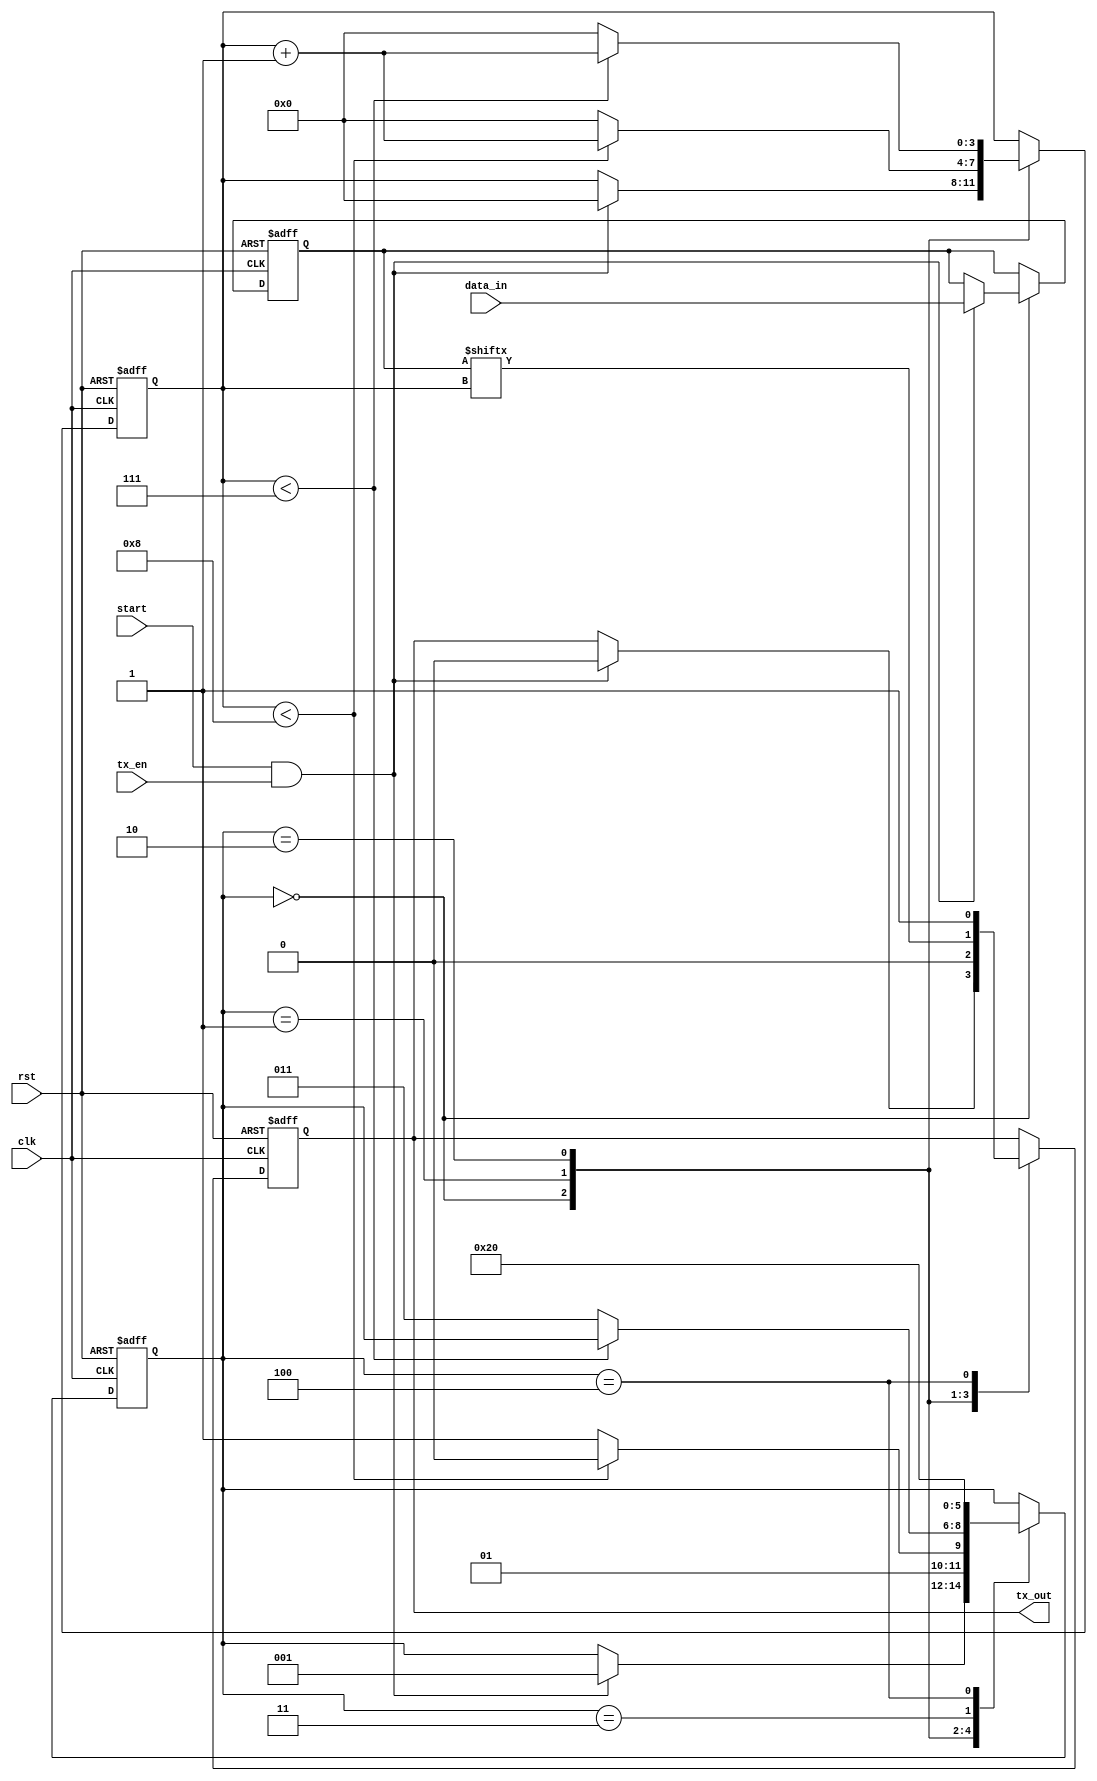
module UART_transmitter (
    input wire clk,
    input wire rst,

    input wire start,
    input wire tx_en,
    input wire [7:0] data_in,

    output reg tx_out
    );

    // State definitions
    parameter IDLE = 0;
    parameter START_BIT = 1;
    parameter DATA_BIT = 2;
    parameter PARITY_BIT = 3;
    parameter STOP_BIT = 4;

    // Internal registers
    reg [2:0] state;
    reg [7:0] data_reg;
    reg [3:0] bit_count;

    // State machine logic
    always @ (posedge clk or negedge rst) begin
        if (rst == 1'b0) begin
            state <= IDLE;
            data_reg <= 8'h00;
            bit_count <= 4'd0;
            tx_out <= 1'b1;
        end else begin
            case (state)
                IDLE: begin
                    if (start && tx_en) begin
                        state <= START_BIT;
                        data_reg <= data_in;
                        bit_count <= 4'd0;
                        tx_out <= 1'b0;
                    end
                end
                START_BIT: begin
                    tx_out <= 1'b0;
                    if (bit_count < 8) begin
                        state <= DATA_BIT;
                        bit_count <= bit_count + 1;
                    end else begin
                        state <= PARITY_BIT;
                        bit_count <= 0;
                    end
                end
                DATA_BIT: begin
                    tx_out <= data_reg[bit_count];
                    if (bit_count < 7) begin
                        bit_count <= bit_count + 1;
                    end else begin
                        state <= PARITY_BIT;
                        bit_count <= 0;
                    end
                end
                PARITY_BIT: begin
                    // Include parity bit generation logic here
                    state <= STOP_BIT;
                end
                STOP_BIT: begin
                    tx_out <= 1'b1;
                    state <= IDLE;
                end
            endcase
        end
    end

endmodule